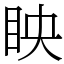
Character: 眏